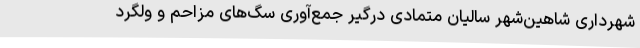
شهرداری شاهین‌شهر سالیان متمادی درگیر جمع‌آوری سگ‌های مزاحم و ولگرد